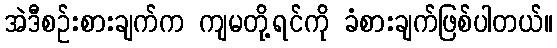
အဲဒီစဉ်းစားချက်က ကျမတို့ရင်ကို ခံစားချက်ဖြစ်ပါတယ်။